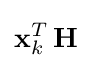
\mathbf {x} _{k}^{T}\,\mathbf {H}